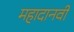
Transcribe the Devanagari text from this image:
महादानवी